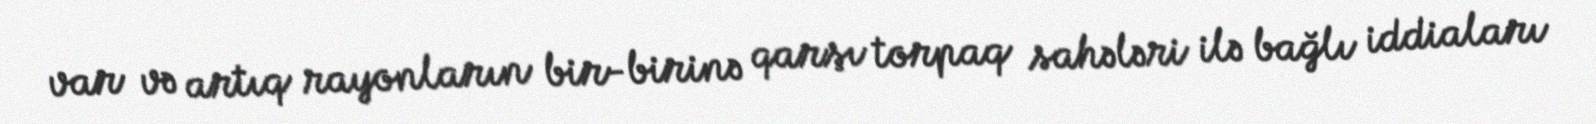
var və artıq rayonların bir-birinə qarşı torpaq sahələri ilə bağlı iddiaları